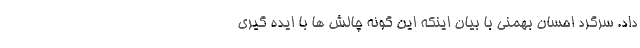
داد. سرگرد احسان بهمنی با بیان اینکه این گونه چالش ها با ایده گیری